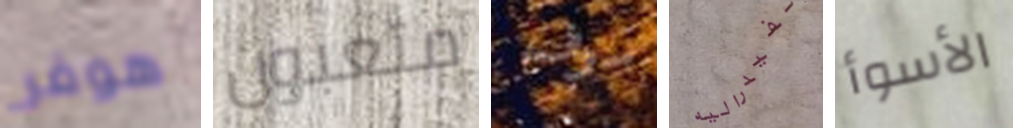
هوفر متعبون سوف الفيدراليه الأسوأ